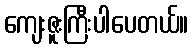
ကျေးဇူးကြီးပါပေတယ်။